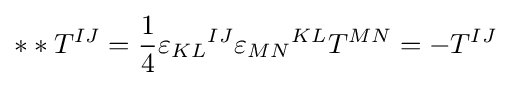
**T^{IJ}={1 \over 4}{\varepsilon _{KL}}^{IJ}{\varepsilon _{MN}}^{KL}T^{MN}=-T^{IJ}